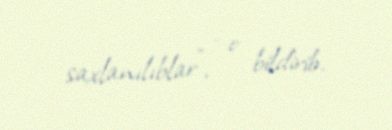
saxlanılıblar”, - o bildirib.